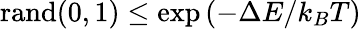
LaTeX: \mathrm{rand(0,1)}\le\exp{(-\Delta{E}/k_{B}T)}